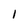
Character: I